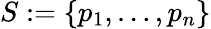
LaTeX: S:=\{ p_{1},\ldots,p_{n}\}